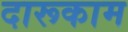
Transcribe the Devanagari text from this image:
दारूकाम